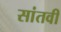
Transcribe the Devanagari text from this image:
सांतवी